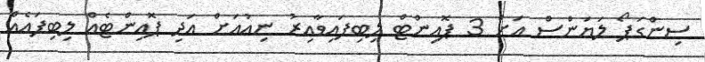
ސިންގަޕޯ ލަޔަންސް އަށް 3 ޕޮއިންޓް ލިބިފައިވާއިރު ނިއުއަށް އަދި ޕޮއިންޓެއް ލިބިފައެއް